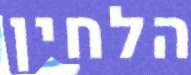
הלחין